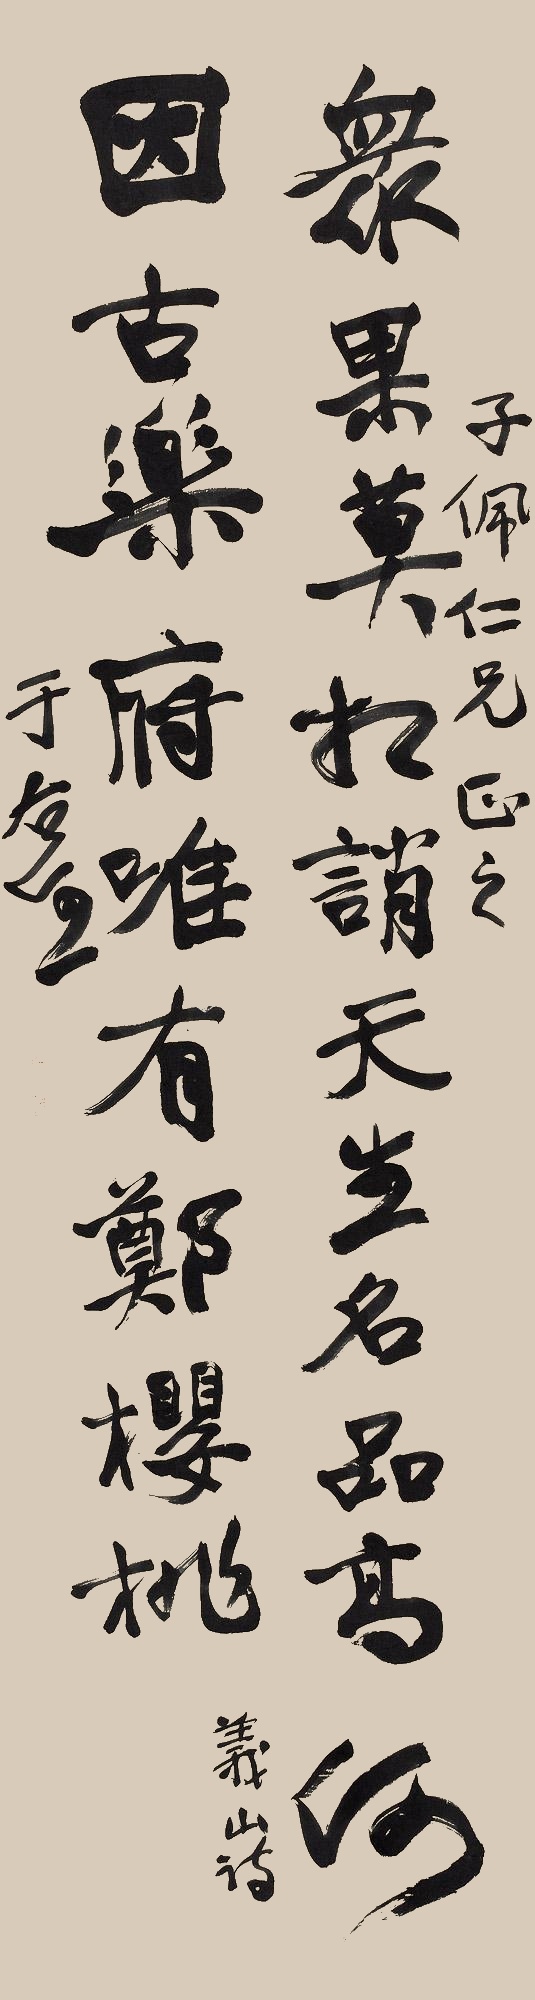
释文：众果莫相诮，天生名品高。何因古乐府，唯有郑樱桃。子佩仁兄正之。义山诗。于右任。